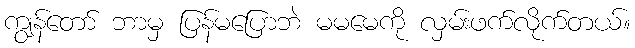
ကျွန်တော် ဘာမှ ပြန်မပြောဘဲ မမမေကို လှမ်းဖက်လိုက်တယ်။